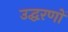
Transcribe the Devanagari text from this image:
उद्घरणों